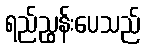
ရည်ညွှန်းပေသည်